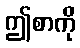
ဤစာကို